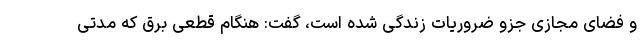
و فضای مجازی جزو ضروریات زندگی شده است، گفت: هنگام قطعی برق که مدتی